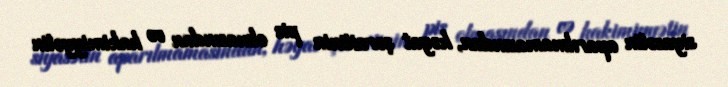
siyasətin aparılmamasından, həyat şəraitinin pis olmasından və hakimiyyətin